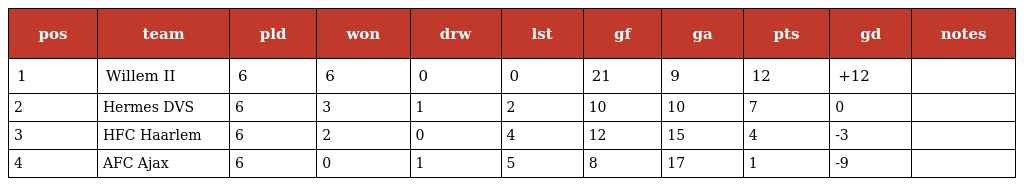
| pos | team | pld | won | drw | lst | gf | ga | pts | gd | notes |
 | --- | --- | --- | --- | --- | --- | --- | --- | --- | --- | --- |
 | 1 | Willem II | 6 | 6 | 0 | 0 | 21 | 9 | 12 | +12 |  |
 | 2 | Hermes DVS | 6 | 3 | 1 | 2 | 10 | 10 | 7 | 0 |  |
 | 3 | HFC Haarlem | 6 | 2 | 0 | 4 | 12 | 15 | 4 | -3 |  |
 | 4 | AFC Ajax | 6 | 0 | 1 | 5 | 8 | 17 | 1 | -9 |  |